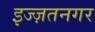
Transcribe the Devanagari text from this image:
इज्ज़तनगर